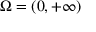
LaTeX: \Omega = ( 0 , + \infty )